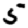
Digit: 5